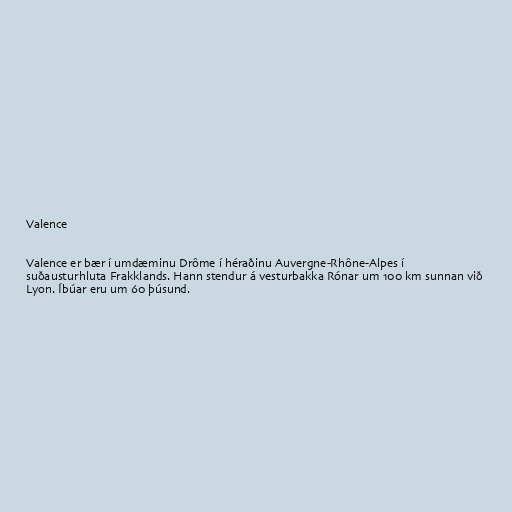
Valence

Valence er bær í umdæminu Drôme í héraðinu Auvergne-Rhône-Alpes í
suðausturhluta Frakklands. Hann stendur á vesturbakka Rónar um 100 km sunnan við
Lyon. Íbúar eru um 60 þúsund.